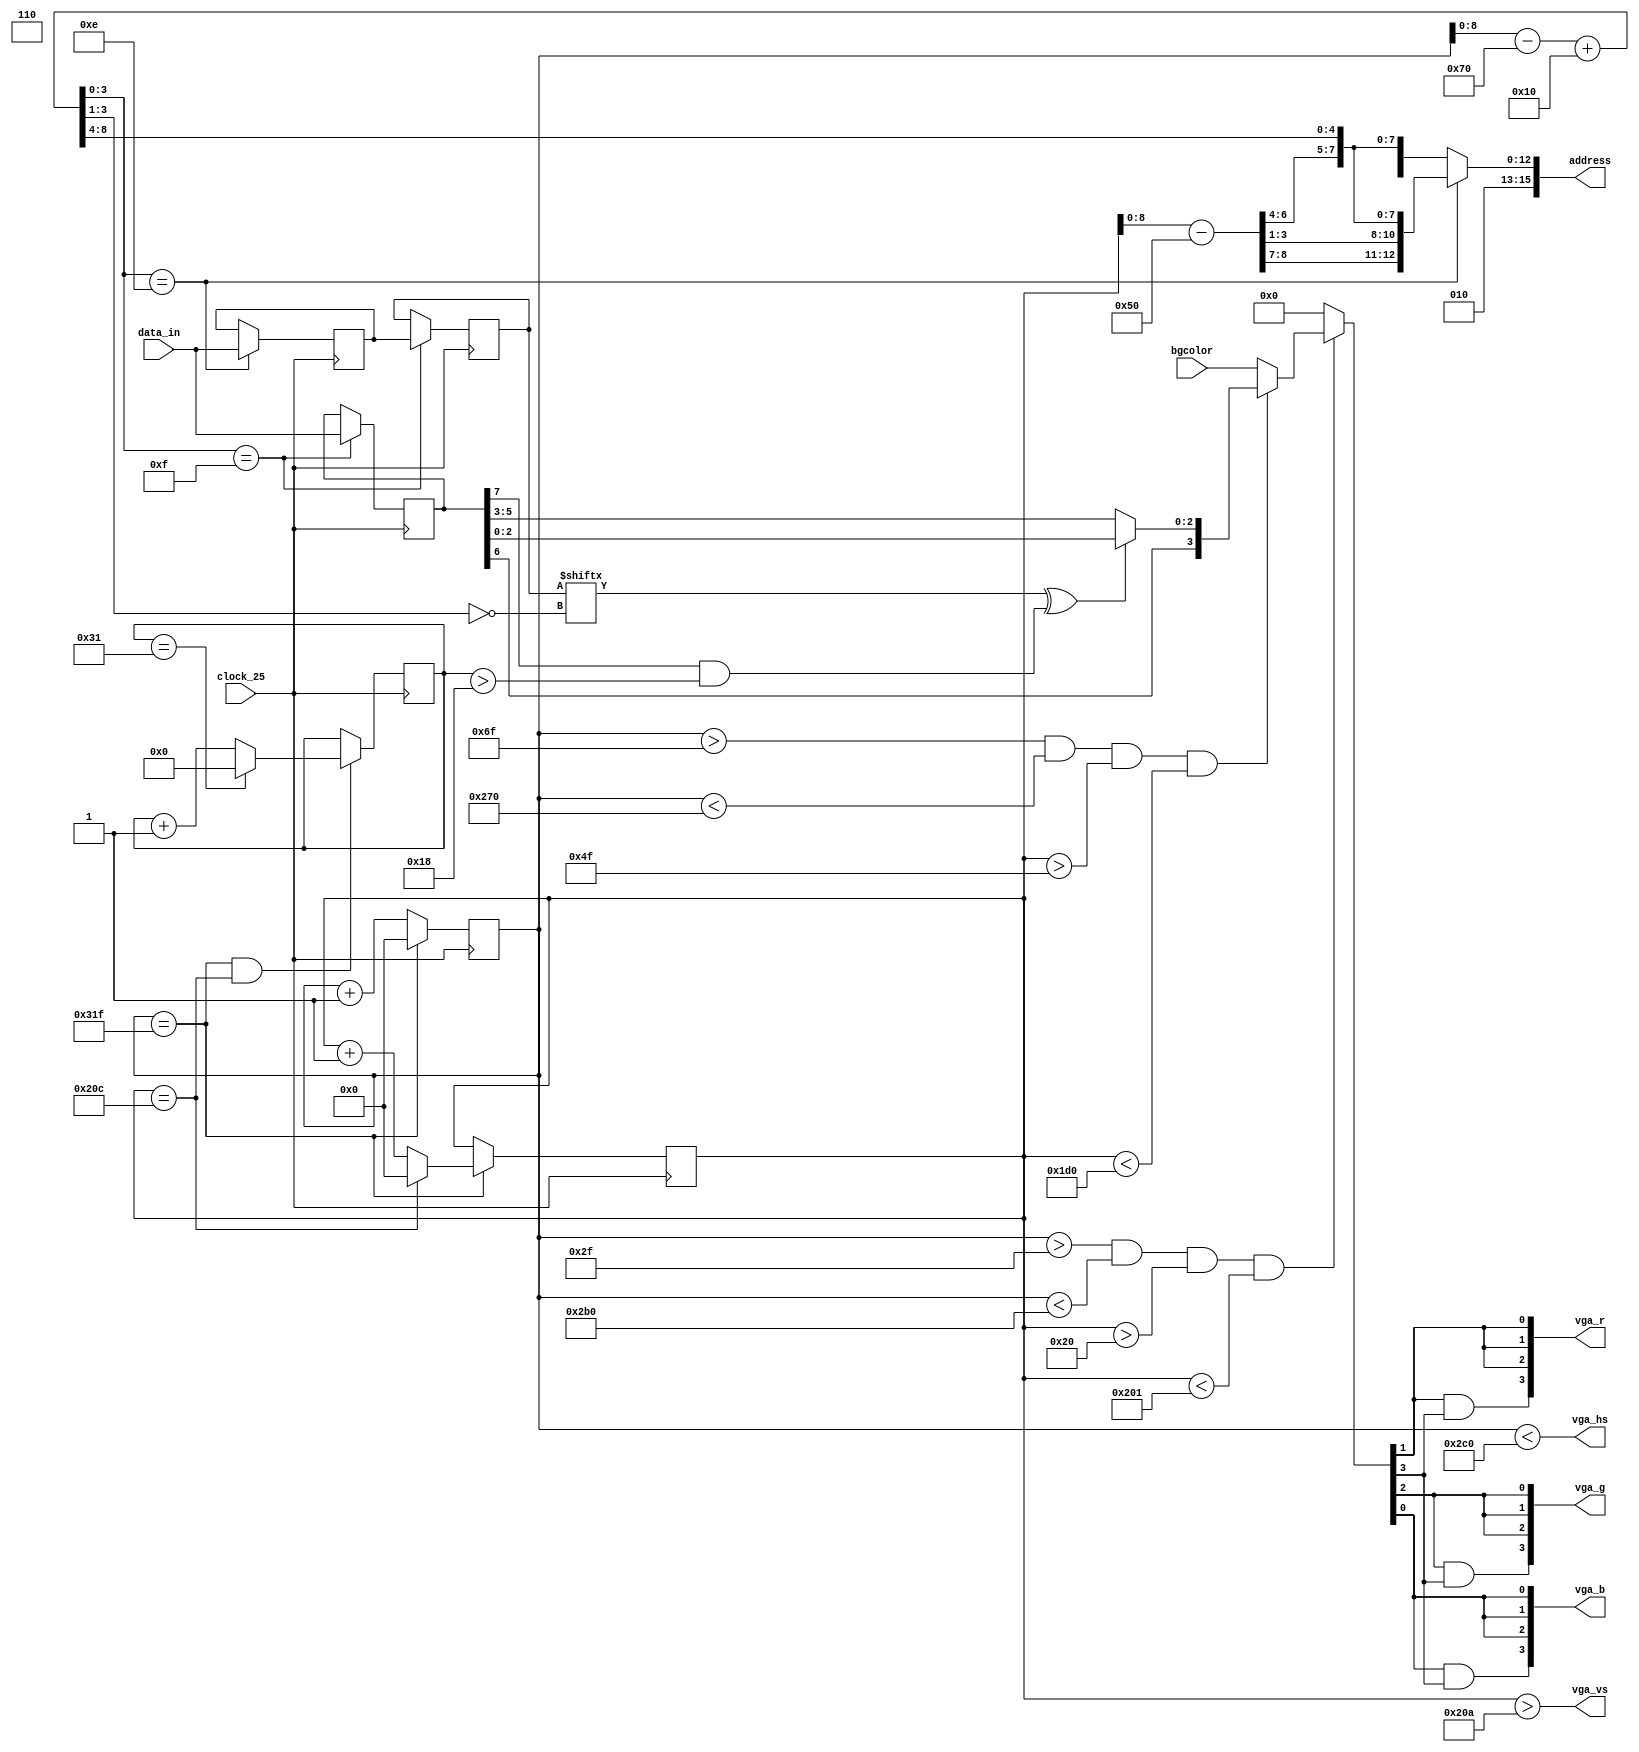
module adapter
(
    input  wire        clock_25,
    output wire        vga_hs,
    output wire        vga_vs,
    output wire [ 3:0] vga_r,
    output wire [ 3:0] vga_g,
    output wire [ 3:0] vga_b,
    input  wire [ 3:0] bgcolor,
    output wire [15:0] address,
    input  wire [ 7:0] data_in
);

// -----------------------------------------------------------------------------
reg [9:0] X;         // Положение луча рисования VGA по X=0..799
reg [9:0] Y;         // Y=0..524
reg [5:0] fcnt;      // 0..49
reg [7:0] masktmp;   // Временное значение Mask
reg [7:0] mask;      // Постоянное значение mask
reg [7:0] attr;      // Постоянное значение attr

// -----------------------------------------------------------------------------
// Вычисление положения луча
// -----------------------------------------------------------------------------
assign vga_hs  = X < 10'h2C0; // 0..2BF => 1; 2C0..31F => 0
assign vga_vs  = Y > 10'h20A; // 0..20A => 0; 20B..20C => 1

// Выбор адреса (либо CHAR, либо ATTR)
// В конце сигнала `xon_e` будет записан в TMPMASK
assign address = xon_e ? address_char : address_attr;

wire   xmax   = X == 10'h31f;
wire   ymax   = Y == 10'h20c;
wire   fmax   = fcnt == 49;

// Разрешение на выход
wire visible = (X > 10'h02F) && (X < 10'h2B0) && (Y > 10'h020) && (Y < 10'h201);
wire vspaper = (X > 10'h06F) && (X < 10'h270) && (Y > 10'h04F) && (Y < 10'h1D0);

// Получение (x,y) положения луча в области рисования PAPER
wire [8:0] x = (X - 10'h070 + 10'h10);
wire [8:0] y = (Y - 10'h050);

// -----------------------------------------------------------------------------
// ZX-спектрум экран
// -----------------------------------------------------------------------------

// Пиксель от 7 до 0
wire [ 2:0] bitn  = ~x[3:1];

// Если активирован FLASH бит и сейчас находится во втором периоде
wire        flash = attr[7] & (fcnt > 24);

// Вычислители запроса
wire xon_e = x[3:0] == 4'hE; // Запись в TMPMASK, запрос ATTR по ADDRESS_ATTR
wire xon_f = x[3:0] == 4'hF; // Запись в MASK, ATTR

// Вычисленный адрес
wire [15:0] address_char = {3'b010,    y[8:7], y[3:1], y[6:4], x[8:4]};
wire [15:0] address_attr = {6'b010110, y[8:4], x[8:4]};

// Текущий цвет бумаги: если пиксель есть, то выбирается [2:0] иначе [5:3]
wire [ 3:0] paper = {attr[6], mask[bitn] ^ flash ? attr[2:0] : attr[5:3]};

// Выбрать цвет
wire [ 3:0] color = visible ? (vspaper ? paper : bgcolor) : 4'b0000;

// Дешифрование спектрум-цвета
// -----------------------------------------------------------------------------
assign vga_r = {color[1] & color[3], {3{color[1]}}};
assign vga_g = {color[2] & color[3], {3{color[2]}}};
assign vga_b = {color[0] & color[3], {3{color[0]}}};
// -----------------------------------------------------------------------------

always @(posedge clock_25) begin

    X <= xmax ? 0 : (X + 1);
    Y <= xmax ? (ymax ? 0 : Y + 1) : Y;

    // Счетчик мерцаний
    fcnt    <= (xmax && ymax) ? (fmax ? 0 : fcnt + 1) : fcnt;

    // Запись маски во временный регистр
    masktmp <= xon_e ? data_in : masktmp;

    // Запись итогового результата
    mask    <= xon_f ? masktmp : mask;
    attr    <= xon_f ? data_in : attr;

end

endmodule